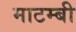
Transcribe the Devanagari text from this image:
माटम्बी